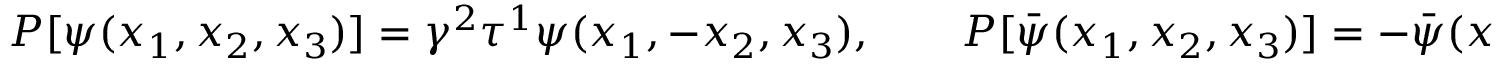
P [ \psi ( x _ { 1 } , x _ { 2 } , x _ { 3 } ) ] = \gamma ^ { 2 } \tau ^ { 1 } \psi ( x _ { 1 } , - x _ { 2 } , x _ { 3 } ) , \qquad P [ \bar { \psi } ( x _ { 1 } , x _ { 2 } , x _ { 3 } ) ] = - \bar { \psi } ( x _ { 1 } , - x _ { 2 } , x _ { 3 } ) \gamma ^ { 1 } \tau ^ { 1 } ] .